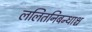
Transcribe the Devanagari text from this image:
ललितनिबन्धाश्च